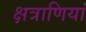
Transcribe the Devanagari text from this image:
क्षत्राणियां